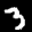
Label: 3